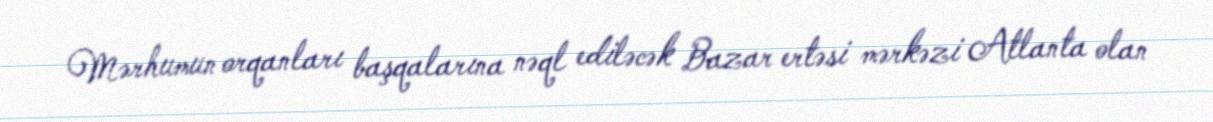
Mərhumun orqanları başqalarına nəql ediləcək Bazar ertəsi mərkəzi Atlanta olan